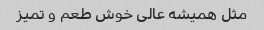
مثل همیشه عالی خوش طعم و تمیز